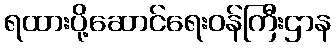
ရထားပို့ဆောင်ရေးဝန်ကြီးဌာန